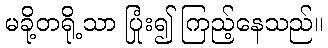
မခို့တရို့သာ ပြုံး၍ ကြည့်နေသည်။